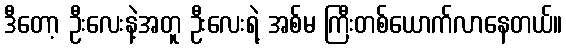
ဒီတော့ ဦးလေးနဲ့အတူ ဦးလေးရဲ့ အစ်မ ကြီးတစ်ယောက်လာနေတယ်။